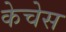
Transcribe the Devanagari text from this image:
केचेस